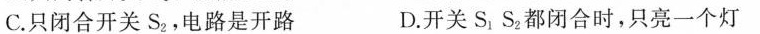
C.只闭合开关S_{2}，电路是开路 D.开关S_{1}、S_{2}都闭合时，只亮一个灯